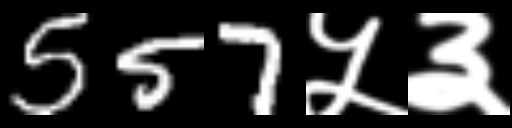
Text: 557५३